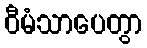
ဝီမံသာပေတွာ